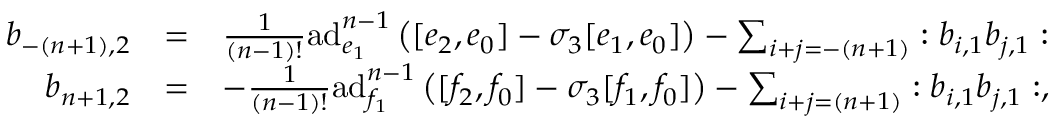
\begin{array} { r l r } { b _ { - ( n + 1 ) , 2 } } & { = } & { \frac { 1 } { ( n - 1 ) ! } \mathrm { a d } _ { e _ { 1 } } ^ { n - 1 } \left( [ e _ { 2 } , e _ { 0 } ] - \sigma _ { 3 } [ e _ { 1 } , e _ { 0 } ] \right) - \sum _ { i + j = - ( n + 1 ) } : b _ { i , 1 } b _ { j , 1 } : } \\ { b _ { n + 1 , 2 } } & { = } & { - \frac { 1 } { ( n - 1 ) ! } \mathrm { a d } _ { f _ { 1 } } ^ { n - 1 } \left( [ f _ { 2 } , f _ { 0 } ] - \sigma _ { 3 } [ f _ { 1 } , f _ { 0 } ] \right) - \sum _ { i + j = ( n + 1 ) } : b _ { i , 1 } b _ { j , 1 } : , } \end{array}